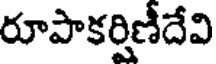
రూపాకర్షిణీదేవి